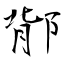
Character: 鄁